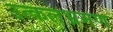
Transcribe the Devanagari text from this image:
उत्कलभ्रमण